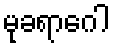
မုခရာဂေါ